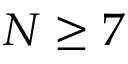
N \ge 7